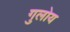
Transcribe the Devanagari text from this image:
गुलोय